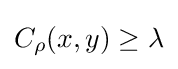
C_{\rho }(x,y)\geq \lambda